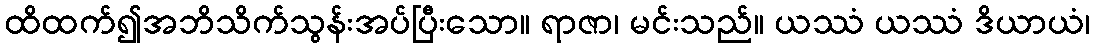
ထိထက်၍အဘိသိက်သွန်းအပ်ပြီးသော။ ရာဇာ၊ မင်းသည်။ ယဿံ ယဿံ ဒိယာယံ၊